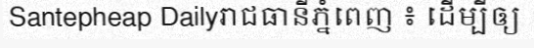
Santepheap Dailyរាជធានីភ្នំពេញ ៖ ដើម្បីឲ្យ